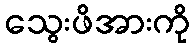
သွေးဖိအားကို